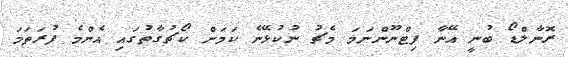
ރޮނާލްޑޯ ބުނީ އޭނާ ފިޓްނޫންނަމަ މެޗު ނުކުޅޭނެ ކަމަށް ކޯޗުގާތުގައި އެންމެ ފުރަތަމަ